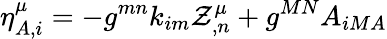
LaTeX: \eta_{A,i}^{\mu}=-{g}^{mn}{k}_{im}{\cal Z}_{,n}^{\mu}+g^{MN}{A}_{iMA}